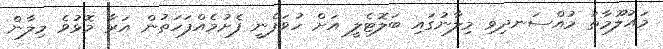
މައުލޫމާތު މުއްސަނދިވި މިލާނުގައި ބަލޮޓެލީ އަށް ހުވަފެނީ ފެށުމެއްފަހަތުން އަރާ މޮޅުވެ މިލާން